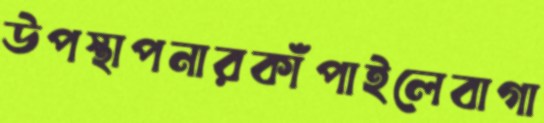
উপস্থাপনারকাঁপাইলেবাগা